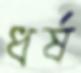
ধর্ষ